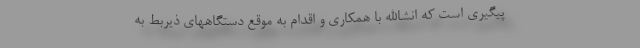
پیگیری است که انشاالله با همکاری و اقدام به موقع دستگاههای ذیربط به